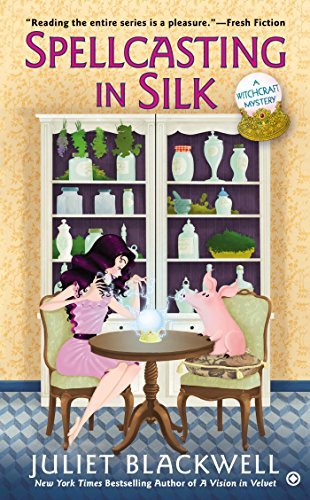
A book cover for Spellcasting in Silk: A Witchcraft Mystery; Juliet Blackwell; Mystery, Thriller & Suspense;